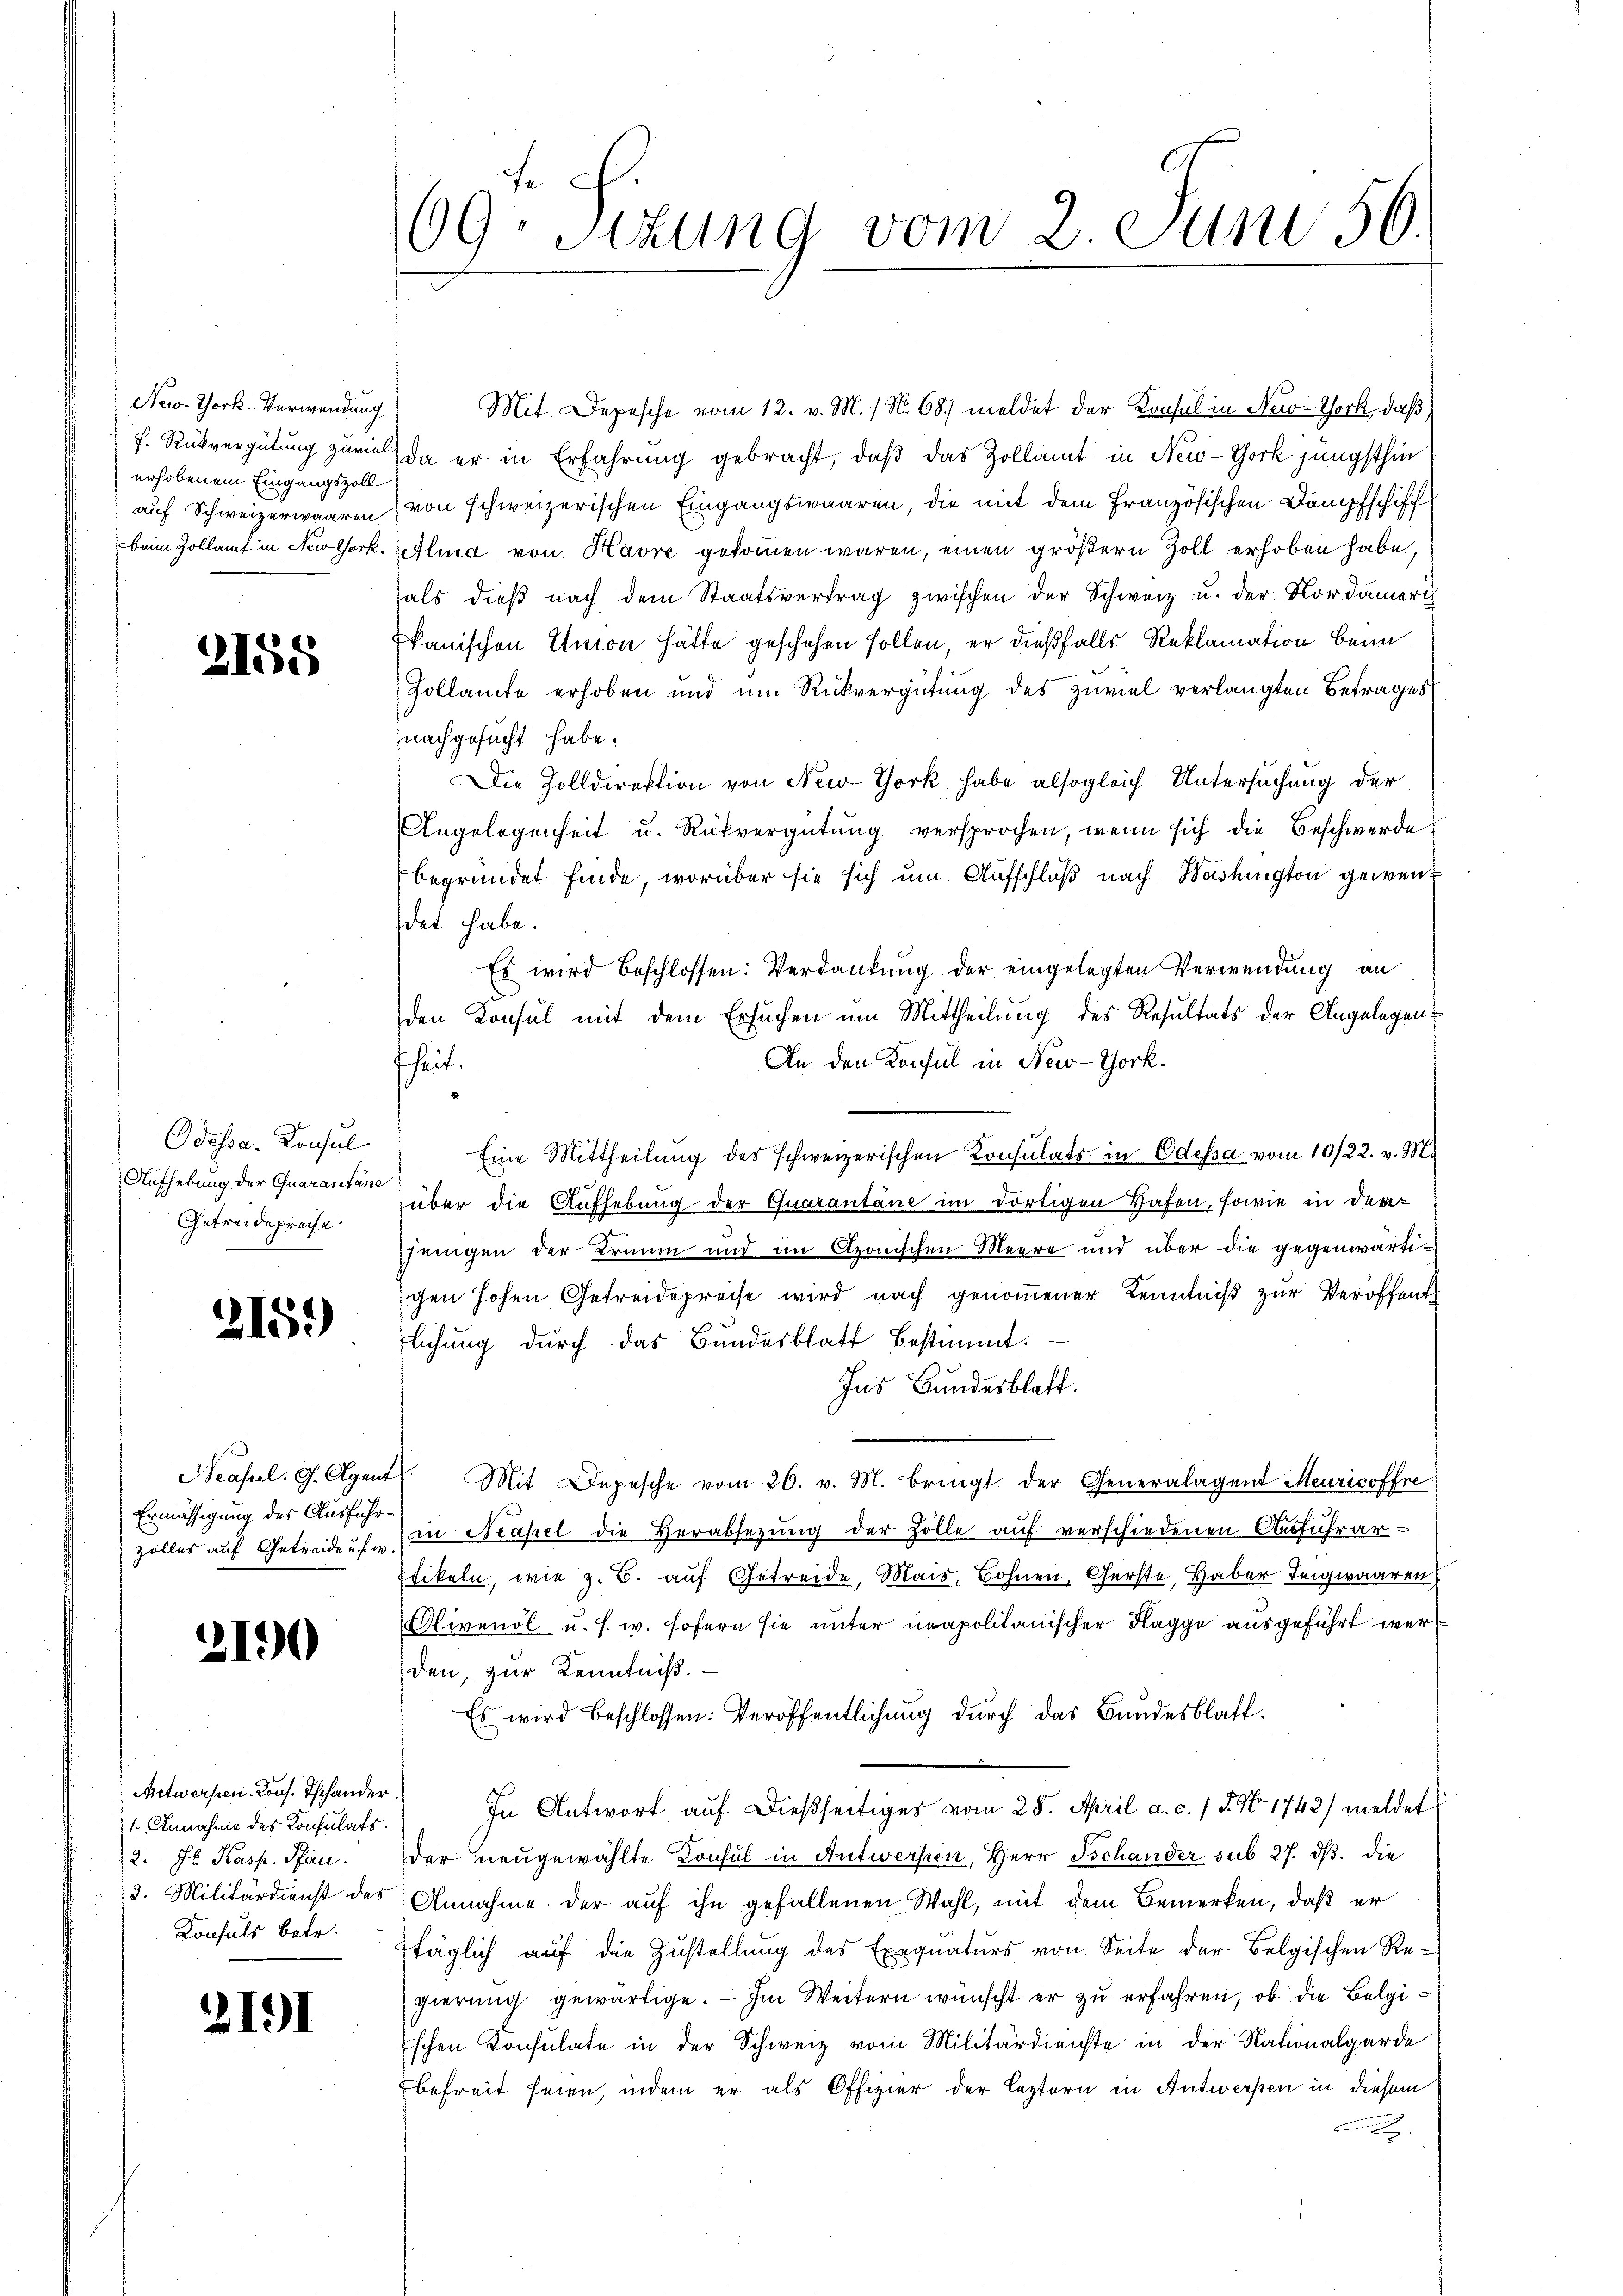
New-York. Verwendung
erhobenem Eingangszoll

2158

Odessa. Konsul
Aufhebung der Quarantane
Getreidepreche
1

2159)

Ermässigung des Ausführ¬

2190

Mit Depesche vom 12. v. M. / No 68) meldet der Konsul in New-York, daß
f. Rückvergütung zurück, da er in Erfahrung gebracht, daß das Zollamt in New-York jüngsthin
auf Schweizerwaaren von schweizerischen Eingangswaaren, die mit dem Französischen Dampfschiff
beim Zollamt in New York selina von Havre gekommen wären, einen größern Zoll erhoben habe,
als dieβ nach dem Staatsvertrag zwischen der Schweiz u. der Nordameri
kanischen Union hätte geschehen sollen, er dießfalls Reklamation beim
Zollamte erhoben und um Rückvergütung des zuviel verlangten Betrages
nachgesucht habe.
Die Zolldirektion von New-York habe alsogleich Untersuchung der
Angelegenheit u. Rückvergütŭng versprochen, wenn sich die Beschwerde
begründet finde, worüber sie sich um Aufschluß nach Washington gewendet habe.
Es wird beschlossen: Verdankung der eingelegten Verwendung an
den Konsul mit dem Ersuchen um Mittheilung des Resultats der Angelegen
An den Konsul in New-York.
fheit.
Eine Mittheilung des schweizerischen Konsulats in Odessa vom 10/22. v. M.
über die Aufhebung der Quarantane im dortigen Hafen, sowie in derjenigen der Trium und im Aponischen Meere und über die gegenwärtigen hohen Getreidepreise wird nach genoṁener Kenntniß zur Veröffent
rlichung durch das Bundesblatt bestimmt.
Ins Bundesblatt.
Neaseel. G. Agent Mit Depesche vom 26. v. M. bringt der Generalagent Meuricoffre
Zöller auf Getreide u. in Basel die Herabsetzung der Zolle auf verschiedenen Ausführer-
Etikeln, wie z. B. auf Getreide, Mais, Bohnen, Gerste, Haber Teigwaaren
Olivenol u. s. w. sofern sie unter unapolitanischer Hagge ausgeführt wer
den, zur Kenntniß.
Es wird beschlossen: Veröffentlichung durch das Bundesblatt.
In Antwort auf dießseitiges vom 28. April a. c. 18. No. 1742) meldet
der neugewählte Konsul in Antwersten, Herr Tschander sub 27. ds. die
3. Militärdienst des Annahme der auf ihn gefallenen Wahl, mit dem Bemerken, daß er
täglich aŭf die Zŭstellŭng des Exequatŭrs von Seite der Belgischen Re-
gierung gewärtige. — Im Weitern wünscht er zu erfahren, ob die Belgischen Konsulate in der Schweiz vom Militärdienste in der Nationalgarde
Ebefreit seien, indem er als Offizier der leztern in Antwerpen in diesem
.

Antwerfen. Kons. Tschander.
1. Annahme des Konsulats.
2. J. Kasp. Pfan
Konsuls betr.

2191

69. Sizung vom 2. Juni 56.